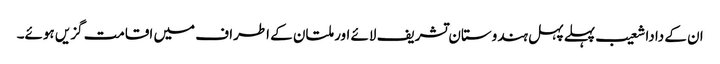
ان کے دادا شعیب پہلے پہل ہندوستان تشریف لائے اور ملتان کے اطراف میں اقامت گزیں ہوئے۔